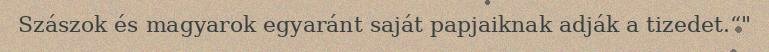
Szászok és magyarok egyaránt saját papjaiknak adják a tizedet.“"